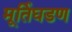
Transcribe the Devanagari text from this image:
मूर्तिघडण